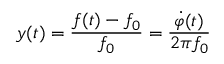
y ( t ) = \frac { f ( t ) - f _ { 0 } } { f _ { 0 } } = \frac { \dot { \varphi } ( t ) } { 2 \pi f _ { 0 } }